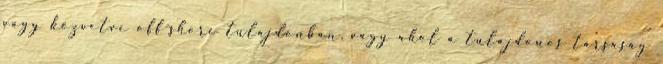
vagy közvetve off-shore tulajdonban, vagy ahol a tulajdonos társaság